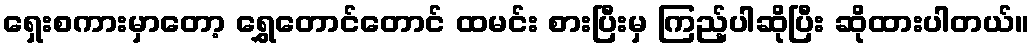
ရှေးစကားမှာတော့ ရွှေတောင်တောင် ထမင်း စားပြီးမှ ကြည့်ပါဆိုပြီး ဆိုထားပါတယ်။